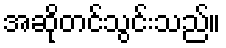
အဆိုတင်သွင်းသည်။